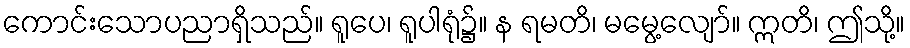
ကောင်းသောပညာရှိသည်။ ရူပေ၊ ရူပါရုံ၌။ န ရမတိ၊ မမွေ့လျော်။ ဣတိ၊ ဤသို့။